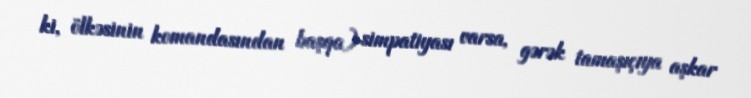
ki, ölkəsinin komandasından başqa) simpatiyası varsa, gərək tamaşıçıya aşkar